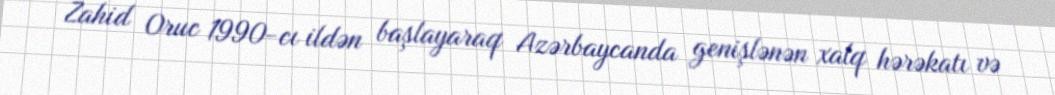
Zahid Oruc 1990-cı ildən başlayaraq Azərbaycanda genişlənən xalq hərəkatı və